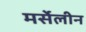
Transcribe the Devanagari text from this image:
मर्सेलीन